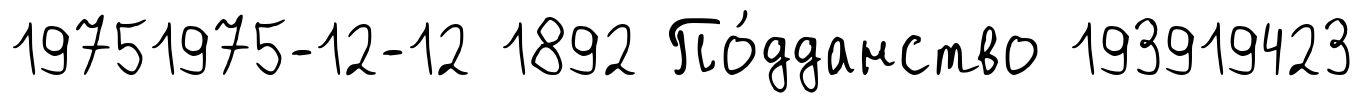
19751975-12-12 1892 По́дданство 193919423